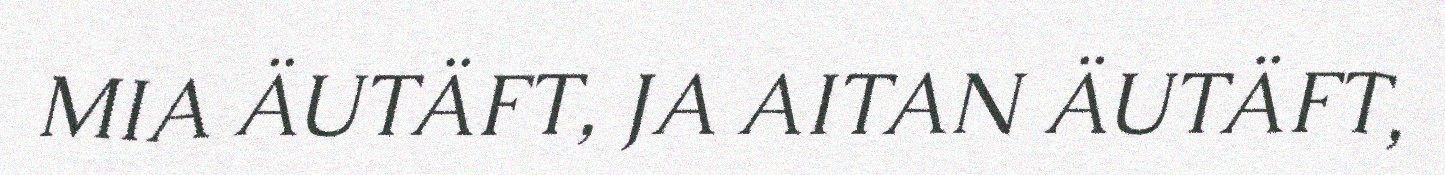
MIA ÄUTÄFT, JA AITAN ÄUTÄFT,